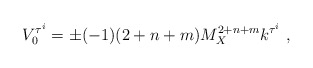
\begin{align*}V^{\tau^i}_{0}= \pm (-1) (2+n+m) M_X^{2+n+m} k^{\tau^i} ~,~\,\end{align*}